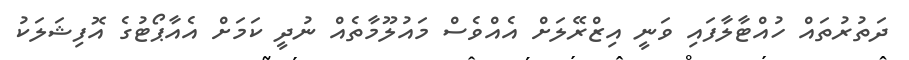
ދަތުރުތައް ހުއްޓާލާފައި ވަނީ އިޒްރޭލަށް އެއްވެސް މައުލޫމާތެއް ނުދީ ކަމަށް އެއާޕޯޓުގެ އޮފިޝަލަކު